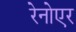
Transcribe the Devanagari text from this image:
रेनोएर